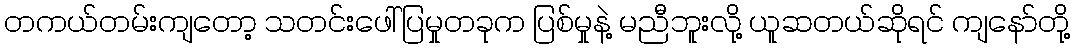
တကယ်တမ်းကျတော့ သတင်းဖေါ်ပြမှုတခုက ပြစ်မှုနဲ့ မညီဘူးလို့ ယူဆတယ်ဆိုရင် ကျနော်တို့